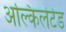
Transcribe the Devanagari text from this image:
अल्किलेटेड